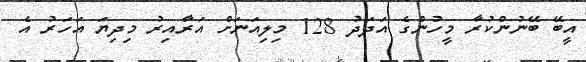
އީބޭ ބޭނުންކުރާ މީހުންގެ އަދަދު 128 މިލިއަނަށް އަރާއިރު މިދިޔަ އަހަރު އެ